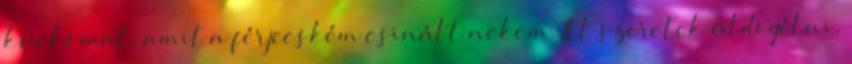
kuckómat, amit a férjecském csinált nekem. Itt szeretek üldögélni,